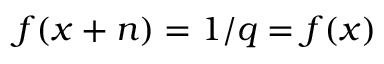
f ( x + n ) = 1 / q = f ( x )